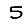
Digit: 5